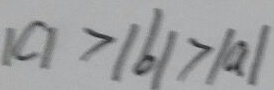
\vert c \vert > \vert b \vert > \vert a \vert